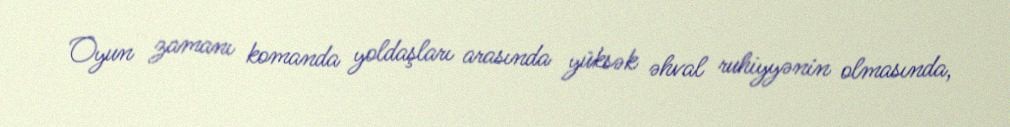
Oyun zamanı komanda yoldaşları arasında yüksək əhval ruhiyyənin olmasında,